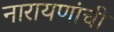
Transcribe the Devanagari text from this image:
नारायणांची